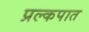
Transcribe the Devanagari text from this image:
प्रल्कपात